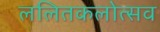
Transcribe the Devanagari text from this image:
ललितकलोत्सव